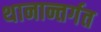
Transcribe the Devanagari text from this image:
थानान्तर्गत